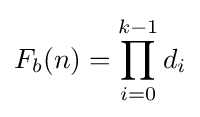
F_{b}(n)=\prod _{i=0}^{k-1}d_{i}